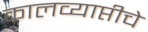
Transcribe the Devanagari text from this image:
कालव्याप्तीचे